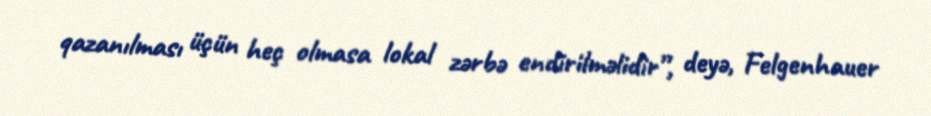
qazanılması üçün heç olmasa lokal zərbə endirilməlidir”, deyə, Felgenhauer